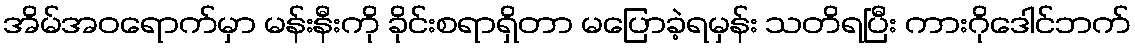
အိမ်အဝရောက်မှာ မန်းနီးကို ခိုင်းစရာရှိတာ မပြောခဲ့ရမှန်း သတိရပြီး ကားဂိုဒေါင်ဘက်